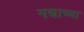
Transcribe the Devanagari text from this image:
गद्याच्या